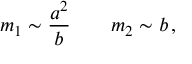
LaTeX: m _ { 1 } \sim { \frac { a ^ { 2 } } { b } } \qquad m _ { 2 } \sim b \, ,